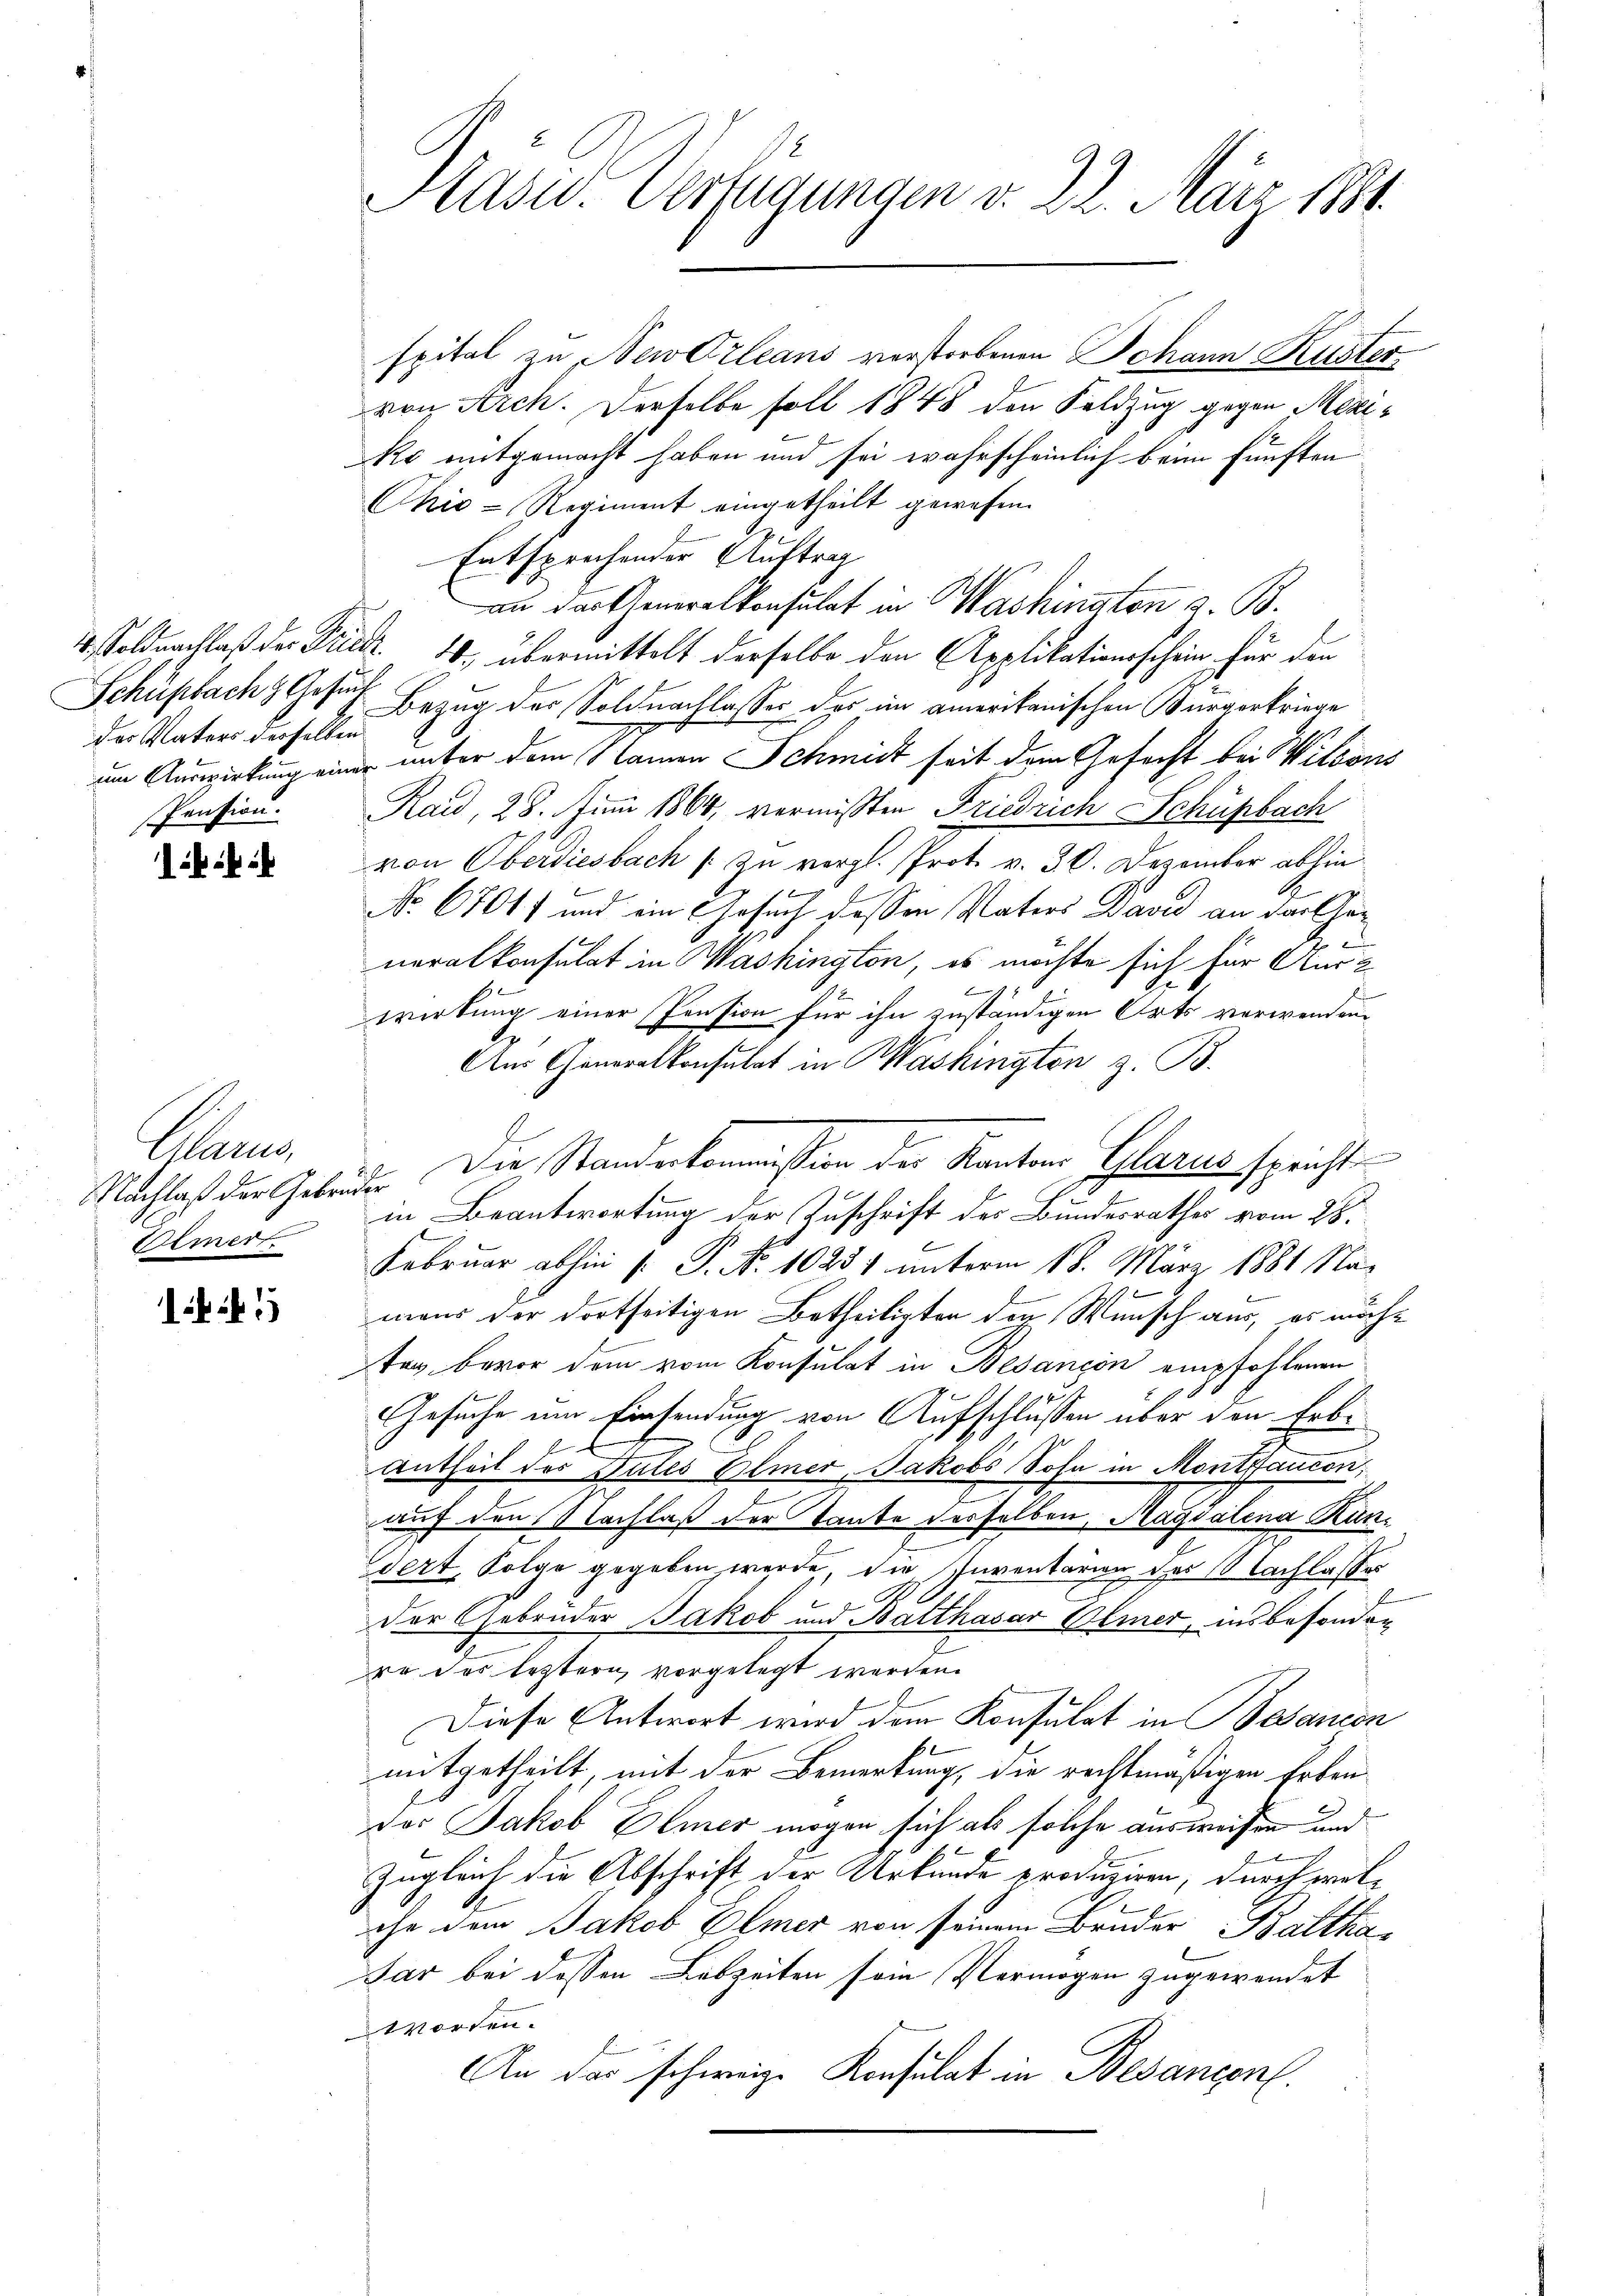
Schüpfach Gesuch
der Vaters derselben

Nachlaß der Gebre¬
Elmert.

11

Hasw. Verfügungen v. 22. März 1881.

spital zu Newdzleans verstorbenen Johann Kustervon Arch. Derselbe soll 1848 den Feldzug gegen Mezi¬
Ro mitgemacht haben und sei wahrscheinlich beim fünften
Chis-Regiment eingetheilt gewesen.
Entsprechender Auftrag
an der Generalkonsulat in Washington z. B.
4.) Soldnachlaß der Friedr. 10. übermittelt derselbe den Applikationsschein, für den
Bezug der Soldnachlasses des im amerikanischen Bürgerkriege
um Auswirkung einer unter dem Namen Schmidt seit dem Gefecht bei Wilsons
Pression.  Raid, 28. Juni 1864, vermissten Friedrich Schüpbach
von Oberdiesbach / zu vergl. Prot. v. 30. Dezember abhin
No. 67017 und ein Gesuch dessen Vaters David an der Generalkonsulat in Washington, es möchte sich für Ausz
f
wirkung einer Pension für ihn zuständigen Orts verwenden.
Aus Generalkonsulat in Washington z. B.
Glarus, Die Standeskommission der Kanton Glarus spricht
in Beantwortung der Zuschrift der Bundesrathes vom 28.
Februar abhin  P. Nr. 10231 unterm 18. März 1881 Namans der dortseitigen Betheiligten den Wunsch aus, es möcht
tag, bevor dem vom Konsulat in Besancen empfohlenen
Gesuche um Einsendung von Aufschlussen über den Erbe¬
Antheil des Vales Elmer, Jakobs Sohn in Montbancon
auf den Nachlaß der Tante derselben Magdalena Kundert, Polge gegeben werde, die Inventarion des Nachlasses
Der Gebrüder Jakob und Balthasar Weier, insbesonder
ro das leztern vorgelegt werden.
Diese Antwort wird dem Konsulat in Besanion
mitgetheilt, mit der Bemerkung, die rechtmäßigen Erben
des Jakob Elmer mögen sich als solche ausweisen und
Zugleich die Abschrift der Urkunde produziren, durch welihe dem Jakob Elmer von seinem Bruder Balthadar bei dessen Lebzeiten sein Vermögen zugewendet
worden.
An das schweiz. Konsulat in Besancent.